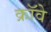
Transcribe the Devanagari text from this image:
क्रॉवे